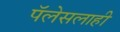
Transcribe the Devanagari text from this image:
पॅलेसलाही